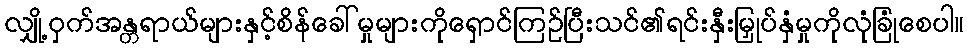
လျှို့ဝှက်အန္တရာယ်များနှင့်စိန်ခေါ်မှုများကိုရှောင်ကြဉ်ပြီးသင်၏ရင်းနှီးမြှုပ်နှံမှုကိုလုံခြုံစေပါ။